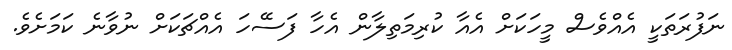
ނަފުރަތަކީ އެއްވެސް މީހަކަށް އެއާ ކުރިމަތިލާން އެހާ ފަސޭހަ އެއްޗަކަށް ނުވާނެ ކަމަށެވެ.